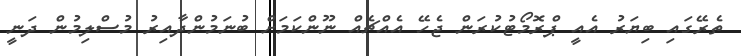
ތެރޭގައި ބިޔަރު އެއީ ޕްރޮމޯޓުކުރަން ޖެހޭ އެއްޗެއް ނޫންކަމަށް ބުނަމުންދާއިރު މުސްލިމުން ދަނީ